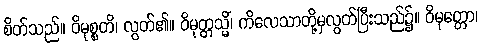
စိတ်သည်။ ဝိမုစ္စတိ၊ လွတ်၏။ ဝိမုတ္တသ္မိံ၊ ကိလေသာတို့မှလွတ်ပြီးသည်၌။ ဝိမုတ္တော၊